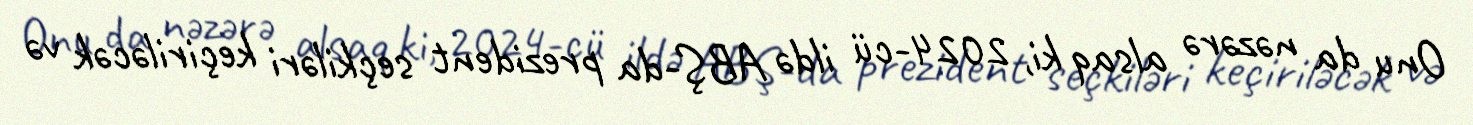
Onu da nəzərə alsaq ki, 2024-cü ildə ABŞ-da prezident seçkiləri keçiriləcək və